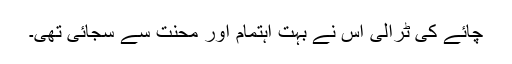
چائے کی ٹرالی اس نے بہت اہتمام اور محنت سے سجائی تھی۔